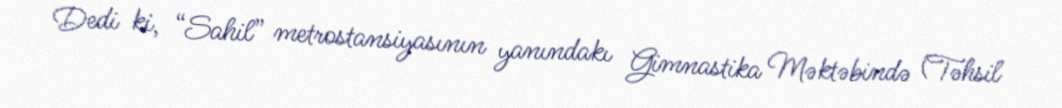
Dedi ki, “Sahil” metrostansiyasının yanındakı Gimnastika Məktəbində (Təhsil